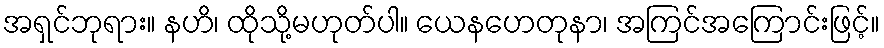
အရှင်ဘုရား။ နဟိ၊ ထိုသို့မဟုတ်ပါ။ ယေနဟေတုနာ၊ အကြင်အကြောင်းဖြင့်။